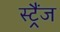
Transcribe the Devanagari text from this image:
स्ट्रैंज